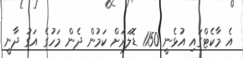
އެ މާކެޓްގައި އުޅެނީ 1150 ޑޮލަރަށް ކަމުން ދެން މަހުގެ އަގު ދާނީ